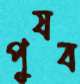
পুষব